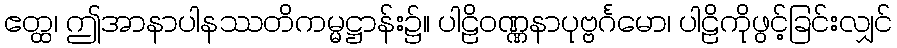
ဧတ္ထ၊ ဤအာနာပါနဿတိကမ္မဋ္ဌာန်း၌။ ပါဠိဝဏ္ဏနာပုဗ္ဗင်္ဂမော၊ ပါဠိကိုဖွင့်ခြင်းလျှင်